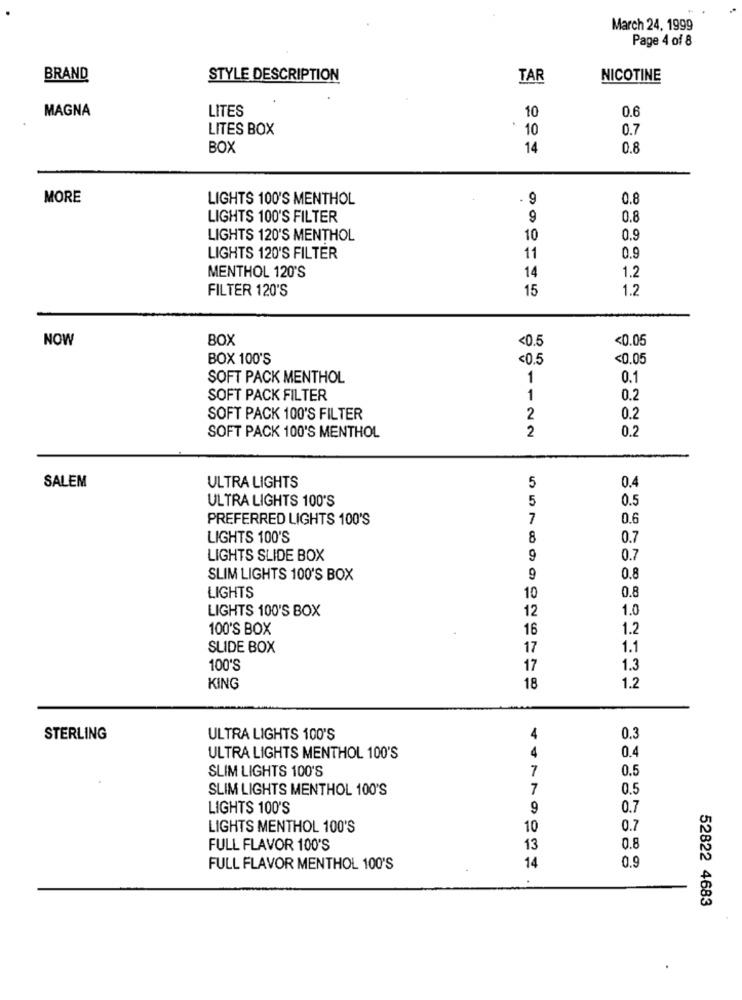
March 24, 1999
Page 4 of 8
BRAND
STYLE DESCRIPTION
TAR
NICOTINE
MAGNA
LITES
0.6
10
LITES BOX
10
0.7
BOX
14
0.8
MORE
LIGHTS 100'S MENTHOL
9
0.8
LIGHTS 100'S FILTER
9
0.8
LIGHTS 120'S MENTHOL
10
0.9
LIGHTS 120'S FILTER
11
0.9
1.2
MENTHOL 120'S
14
FILTER 120'S
15
1.2
NOW
BOX
<0.5
<0.05
BOX 100'S
<0.5
<0.05
SOFT PACK MENTHOL
1
0.1
SOFT PACK FILTER
1
0.2
SOFT PACK 100'S FILTER
2
0.2
2
0.2
SOFT PACK 100'S MENTHOL
ULTRA LIGHTS
5
0.4
SALEM
ULTRA LIGHTS 100'S
5
0.5
PREFERRED LIGHTS 100'S
7
0.6
LIGHTS 100'S
8
0.7
LIGHTS SLIDE BOX
9
0.7
SLIM LIGHTS 100'S BOX
9
0.8
LIGHTS
0.8
10
LIGHTS 100'S BOX
12
1.0
100'S BOX
16
1.2
SLIDE BOX
17
1.1
100'S
17
1.3
1.2
KING
18
STERLING
ULTRA LIGHTS 100'S
4
0.3
4
0.4
ULTRA LIGHTS MENTHOL 100'S
SLIM LIGHTS 100'S
7
0.5
SLIM LIGHTS MENTHOL 100'S
7
0.5
LIGHTS 100'S
9
0.7
LIGHTS MENTHOL 100'S
10
0.7
FULL FLAVOR 100'S
13
0.8
0.9
FULL FLAVOR MENTHOL 100'S
14
52822 4683